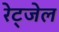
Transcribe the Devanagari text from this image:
रेट्जेल